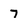
Character: 7